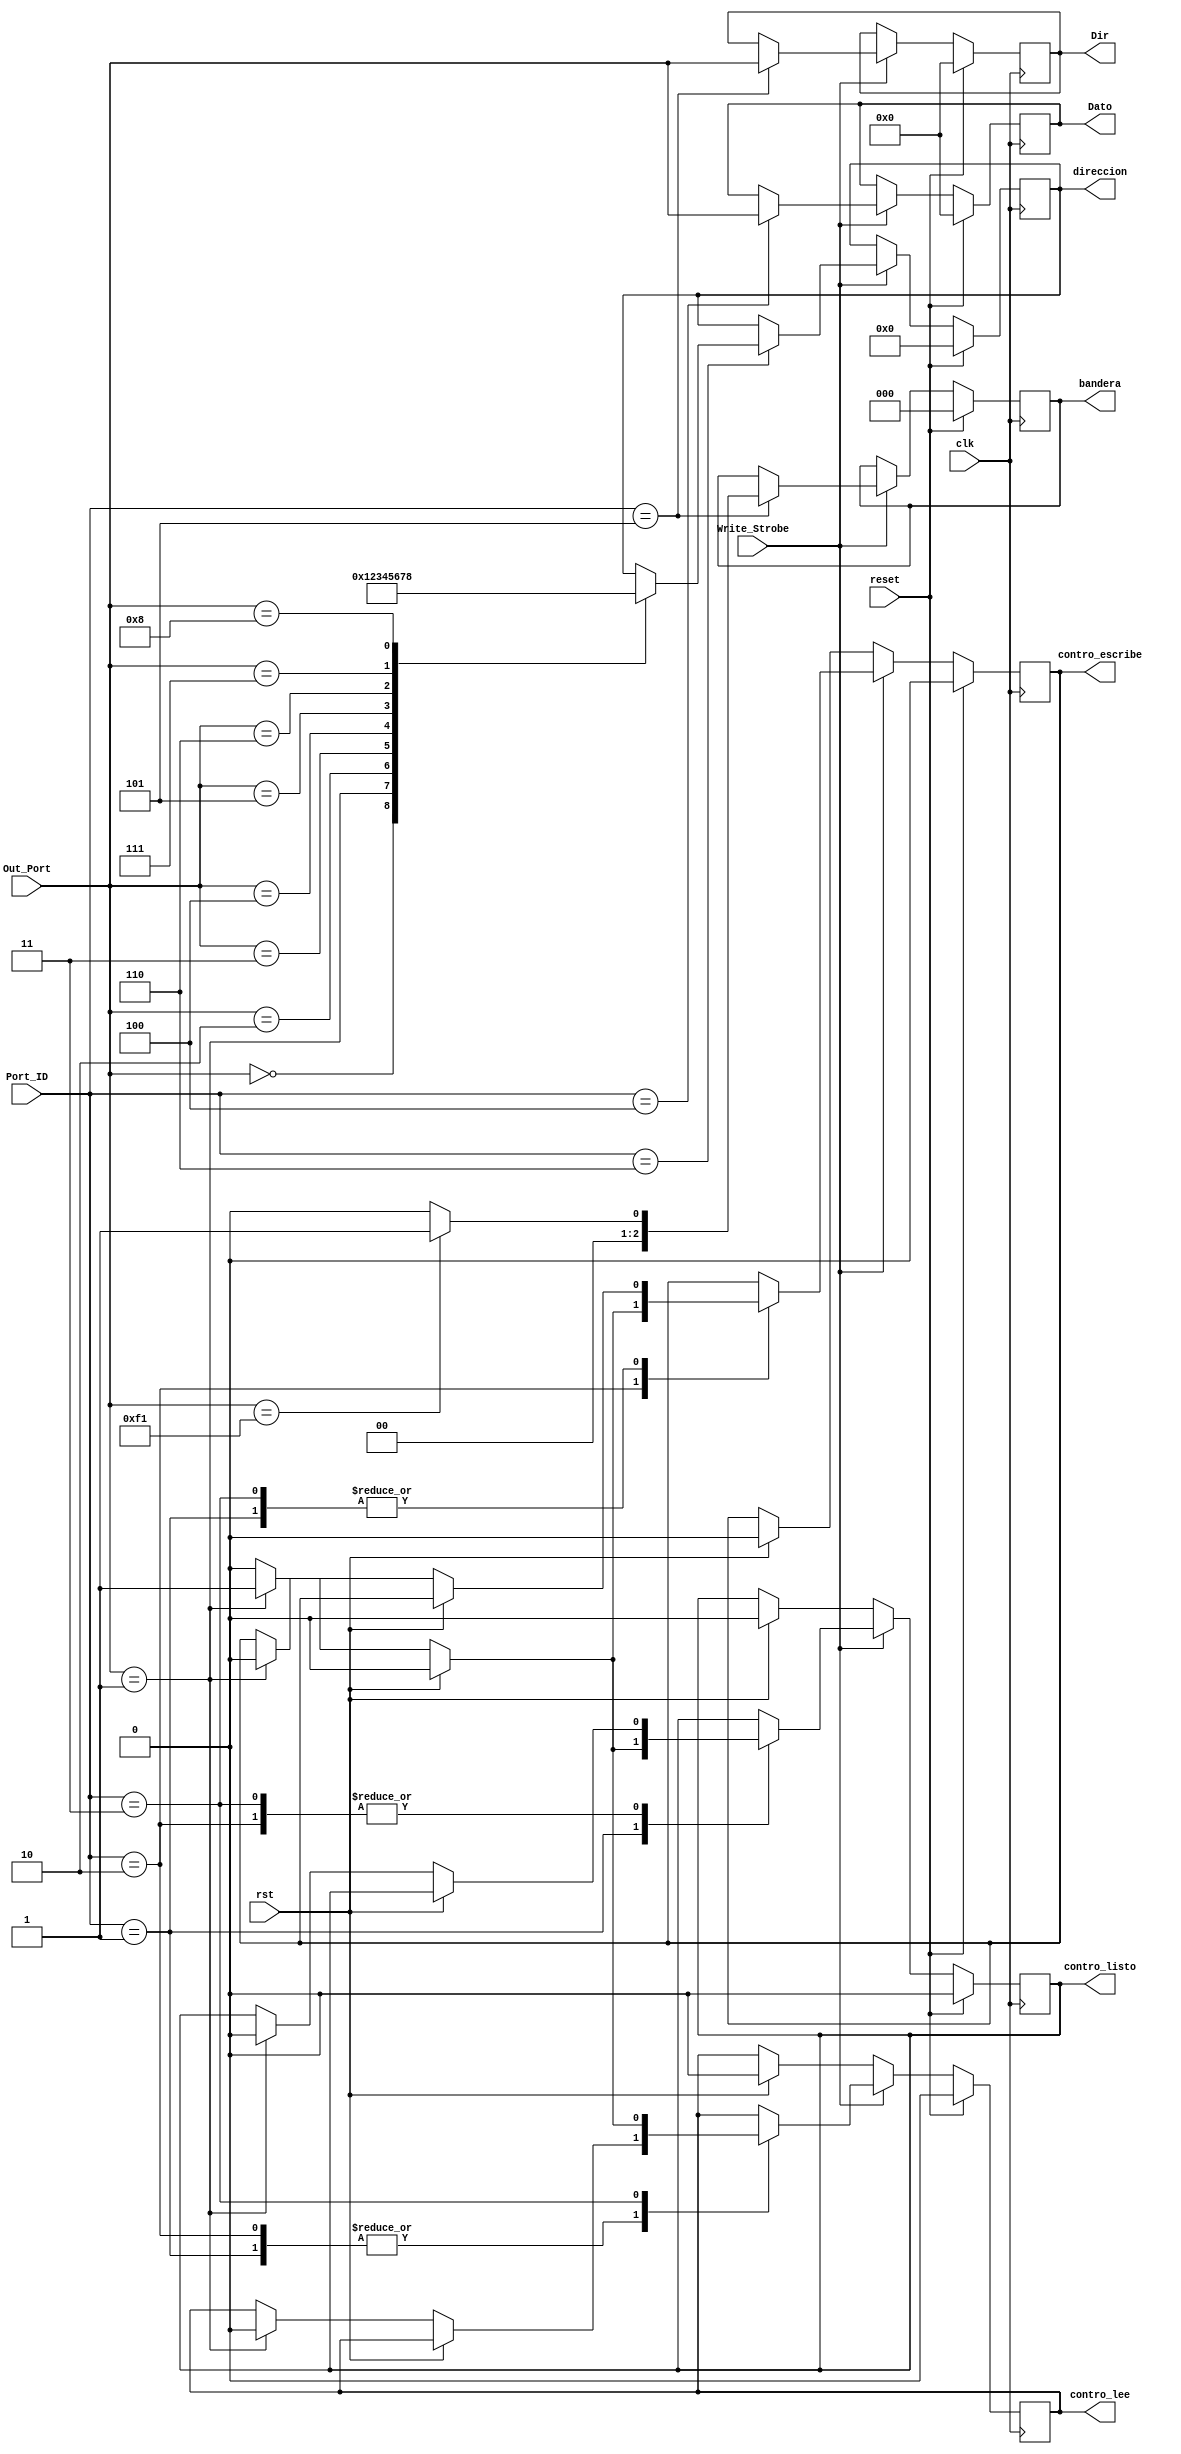
module registros_salida( 
	input Write_Strobe,
	input [7:0] Out_Port,
	input [7:0] Port_ID,
	input rst , 
	input reset,
	input clk,
	output reg [7:0] Dir,
	output reg [7:0] Dato,
	output reg [3:0] direccion,
	output reg contro_listo,
	output reg contro_lee,
	output reg contro_escribe,
	output reg [2:0]bandera
    );
	 always @(posedge clk )
	 if (reset)
		begin
			contro_listo<=1'b0;
			contro_escribe<=1'b0;
			contro_lee<=1'b0;
			Dir<=8'b00000000;
			Dato<=8'b00000000;
			direccion<=4'b0000;
			bandera<=3'b0;
		end
	else
	begin
		if (Write_Strobe)
			begin
				case (Port_ID)
					8'b00000001   : 
						begin
							if (rst)
								contro_listo<=1'b0;
							else
								begin
									if (Out_Port==8'b00000001) 
											begin
											contro_listo<=1'b1;
											contro_lee<=1'b0;
											contro_escribe<=1'b0;
											end
									else 
									begin
											contro_listo<=1'b0;
											contro_lee<=contro_lee;
											contro_escribe<=contro_escribe;
										end
								end
						end
					8'b00000010   : 
						begin
							if (rst)
								contro_escribe<=1'b0;
							else
								begin
									if (Out_Port==8'b00000001)
										begin
											contro_escribe<=1'b1;
											contro_lee<=1'b0;
											contro_listo<=1'b0;
										end
									else 
									begin
											contro_escribe<=1'b0;
											contro_lee<=contro_lee;
											contro_listo<=contro_listo;
									end
								end
						end
					8'b00000011   : 
						begin
							if (rst)
								contro_lee<=1'b0;
							else
								begin
									if (Out_Port==8'b00000001)
											begin
												contro_lee<=1'b1;
												contro_listo<=1'b0;
												contro_escribe<=1'b0;
											end
									else 
											begin
												contro_lee<=1'b0;
												contro_listo<=contro_listo;
												contro_escribe<=contro_escribe;
											end								end
						end
					8'b00000100   : Dato<=Out_Port; 
					8'b00000101   : begin
											Dir<=Out_Port; 
											if(Out_Port==8'hf1)
												bandera<=3'b1;
											else
												bandera<=3'b0;
										 end
					8'b00000110   : 
										begin
											case(Out_Port)
												8'b00000000: direccion<=4'b0000;
												8'b00000001: direccion<=4'b0001;
												8'b00000010: direccion<=4'b0010;
												8'b00000011: direccion<=4'b0011;
												8'b00000100: direccion<=4'b0100;
												8'b00000101: direccion<=4'b0101;
												8'b00000110: direccion<=4'b0110;
												8'b00000111: direccion<=4'b0111;
												8'b00001000: direccion<=4'b1000;
												default: direccion<=direccion;
											endcase
										end
					default :
							begin
								contro_listo<=contro_listo;
								contro_lee<=contro_lee;
								contro_escribe<=contro_escribe;
								direccion<=direccion;
								Dir<=Dir;
								Dato<=Dato;
								bandera<=bandera;
							end
				endcase
			end
		else
			if (rst)
				begin
					contro_listo<=  1'b0;
					contro_lee <=   1'b0;
					contro_escribe<=1'b0;
				end
			else
				begin
					contro_listo<=contro_listo;
					contro_lee <=contro_lee;
					contro_escribe<=contro_escribe;
				end
	end
endmodule